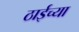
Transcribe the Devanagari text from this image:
ठाईच्या